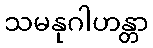
သမနုဂါဟန္တာ